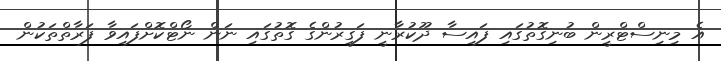
އެ މިނިސްޓްރީން ބުނިގޮތުގައި ފައިސާ ދޫކުރާނީ ފަގީރުންގެ ގޮތުގައި ނަން ނޯޓްކޮށްފައިވާ ފަރާތްތަކުން